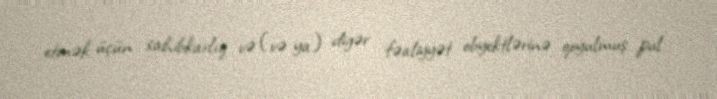
etmək üçün sahibkarlıq və (və ya) digər fəaliyyət obyektlərinə qoyulmuş pul